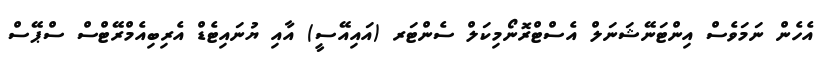
އެހެން ނަމަވެސް އިންޓަނޭޝަނަލް އެސްޓްރޮނޯމިކަލް ސެންޓަރ (އައިއޭސީ) އާއި ޔުނައިޓެޑް އެރިބިއެމްރޭޓްސް ސްޕޭސް